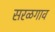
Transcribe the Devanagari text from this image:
सरळगाव